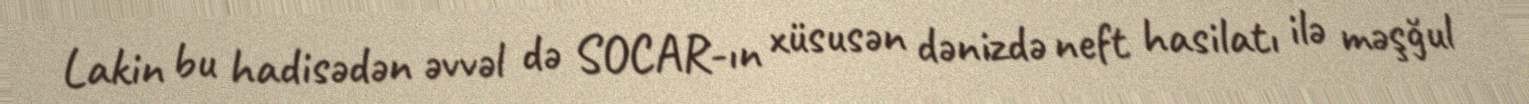
Lakin bu hadisədən əvvəl də SOCAR-ın xüsusən dənizdə neft hasilatı ilə məşğul